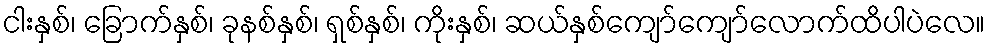
ငါးနှစ်၊ ခြောက်နှစ်၊ ခုနစ်နှစ်၊ ရှစ်နှစ်၊ ကိုးနှစ်၊ ဆယ်နှစ်ကျော်ကျော်လောက်ထိပါပဲလေ။